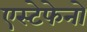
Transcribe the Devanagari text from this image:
एस्टेफेनो